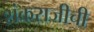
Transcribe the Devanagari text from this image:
शंकराजीची